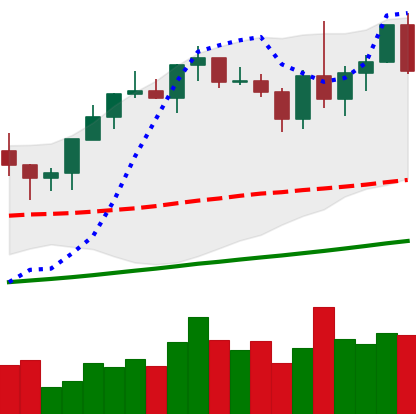
Ticker: XMR-USD
Chart end date: 2020-12-27
Forward return: -13.489%
Label: down_7plus